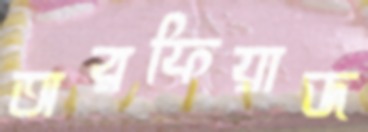
অরফিয়াজ